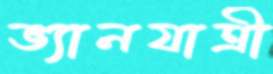
ভ্যানযাত্রী